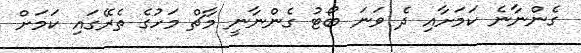
ގެންނާނެ ކަމަށާއި ދެ ވަނަ ބޯޓު ގެންނާނީ މާޗް މަހުގެ ތެރޭގައި ކަމަށް